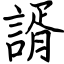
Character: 諝